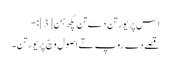
اس پریورتن دے تن پکھ ہن[3]:-
قصے دے روپ تے اصول وچ پریورتن۔